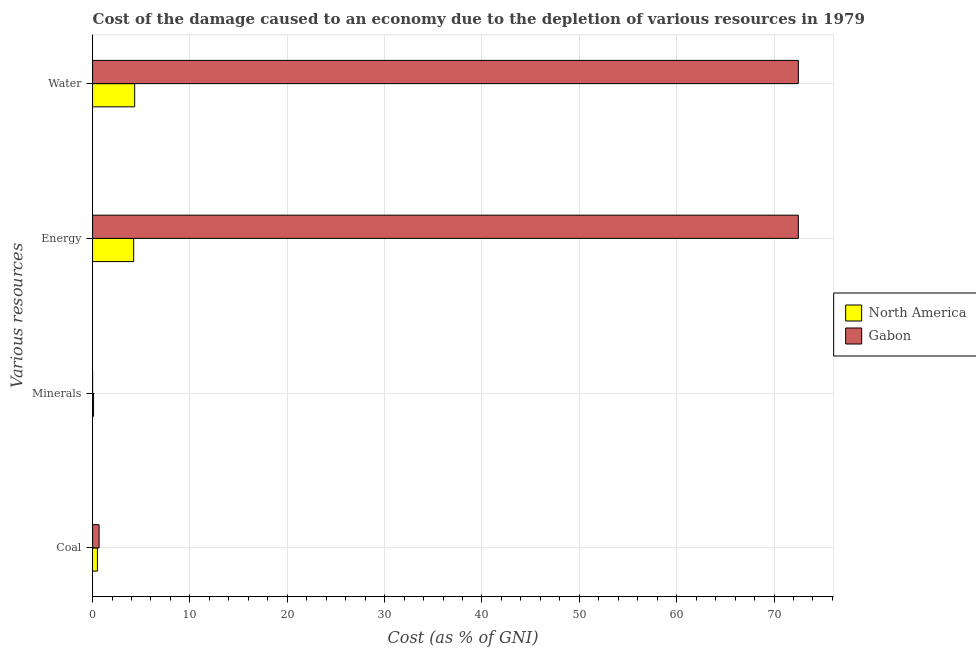
| Various resources | North America | Gabon |
 | --- | --- | --- |
 | Coal | 0.496 | 0.67 |
 | Minerals | 0.102 | 0.0013 |
 | Energy | 4.22 | 72.5 |
 | Water | 4.32 | 72.5 |